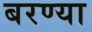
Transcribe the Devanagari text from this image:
बरण्या